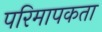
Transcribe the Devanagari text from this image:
परिमापकता